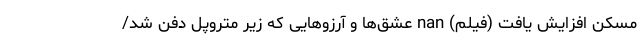
مسکن افزایش یافت (فیلم) nan عشق‌ها و آرزوهایی که زیر متروپل دفن شد/